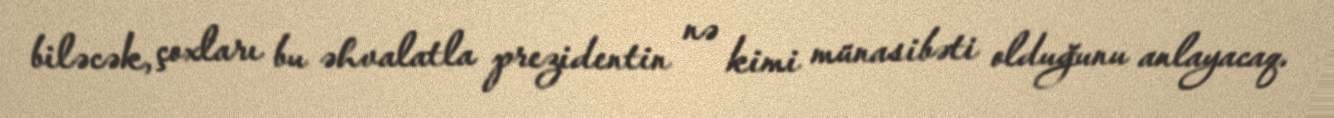
biləcək, çoxları bu əhvalatla prezidentin nə kimi münasibəti olduğunu anlayacaq.